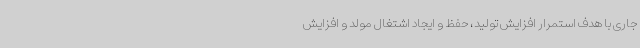
جاری با هدف استمرار افزایش تولید، حفظ و ایجاد اشتغال مولد و افزایش